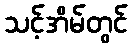
သင့်အိမ်တွင်